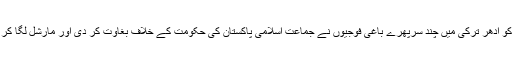
ادھر سولہ جون دو ہزار سولہ کی رات کو ادھر ترکی میں چند سرپھرے باغی فوجیوں نے جماعت اسلامی پاکستان کی حکومت کے خلاف بغاوت کر دی اور مارشل لگا کر اپنا چیف مارشل لا ایڈمنسٹریٹر لگا دیا۔